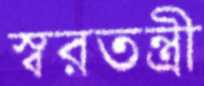
স্বরতন্ত্রী